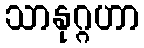
သာနုဂ္ဂဟာ